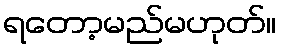
ရတော့မည်မဟုတ်။